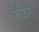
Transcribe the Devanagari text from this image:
नैकिंग